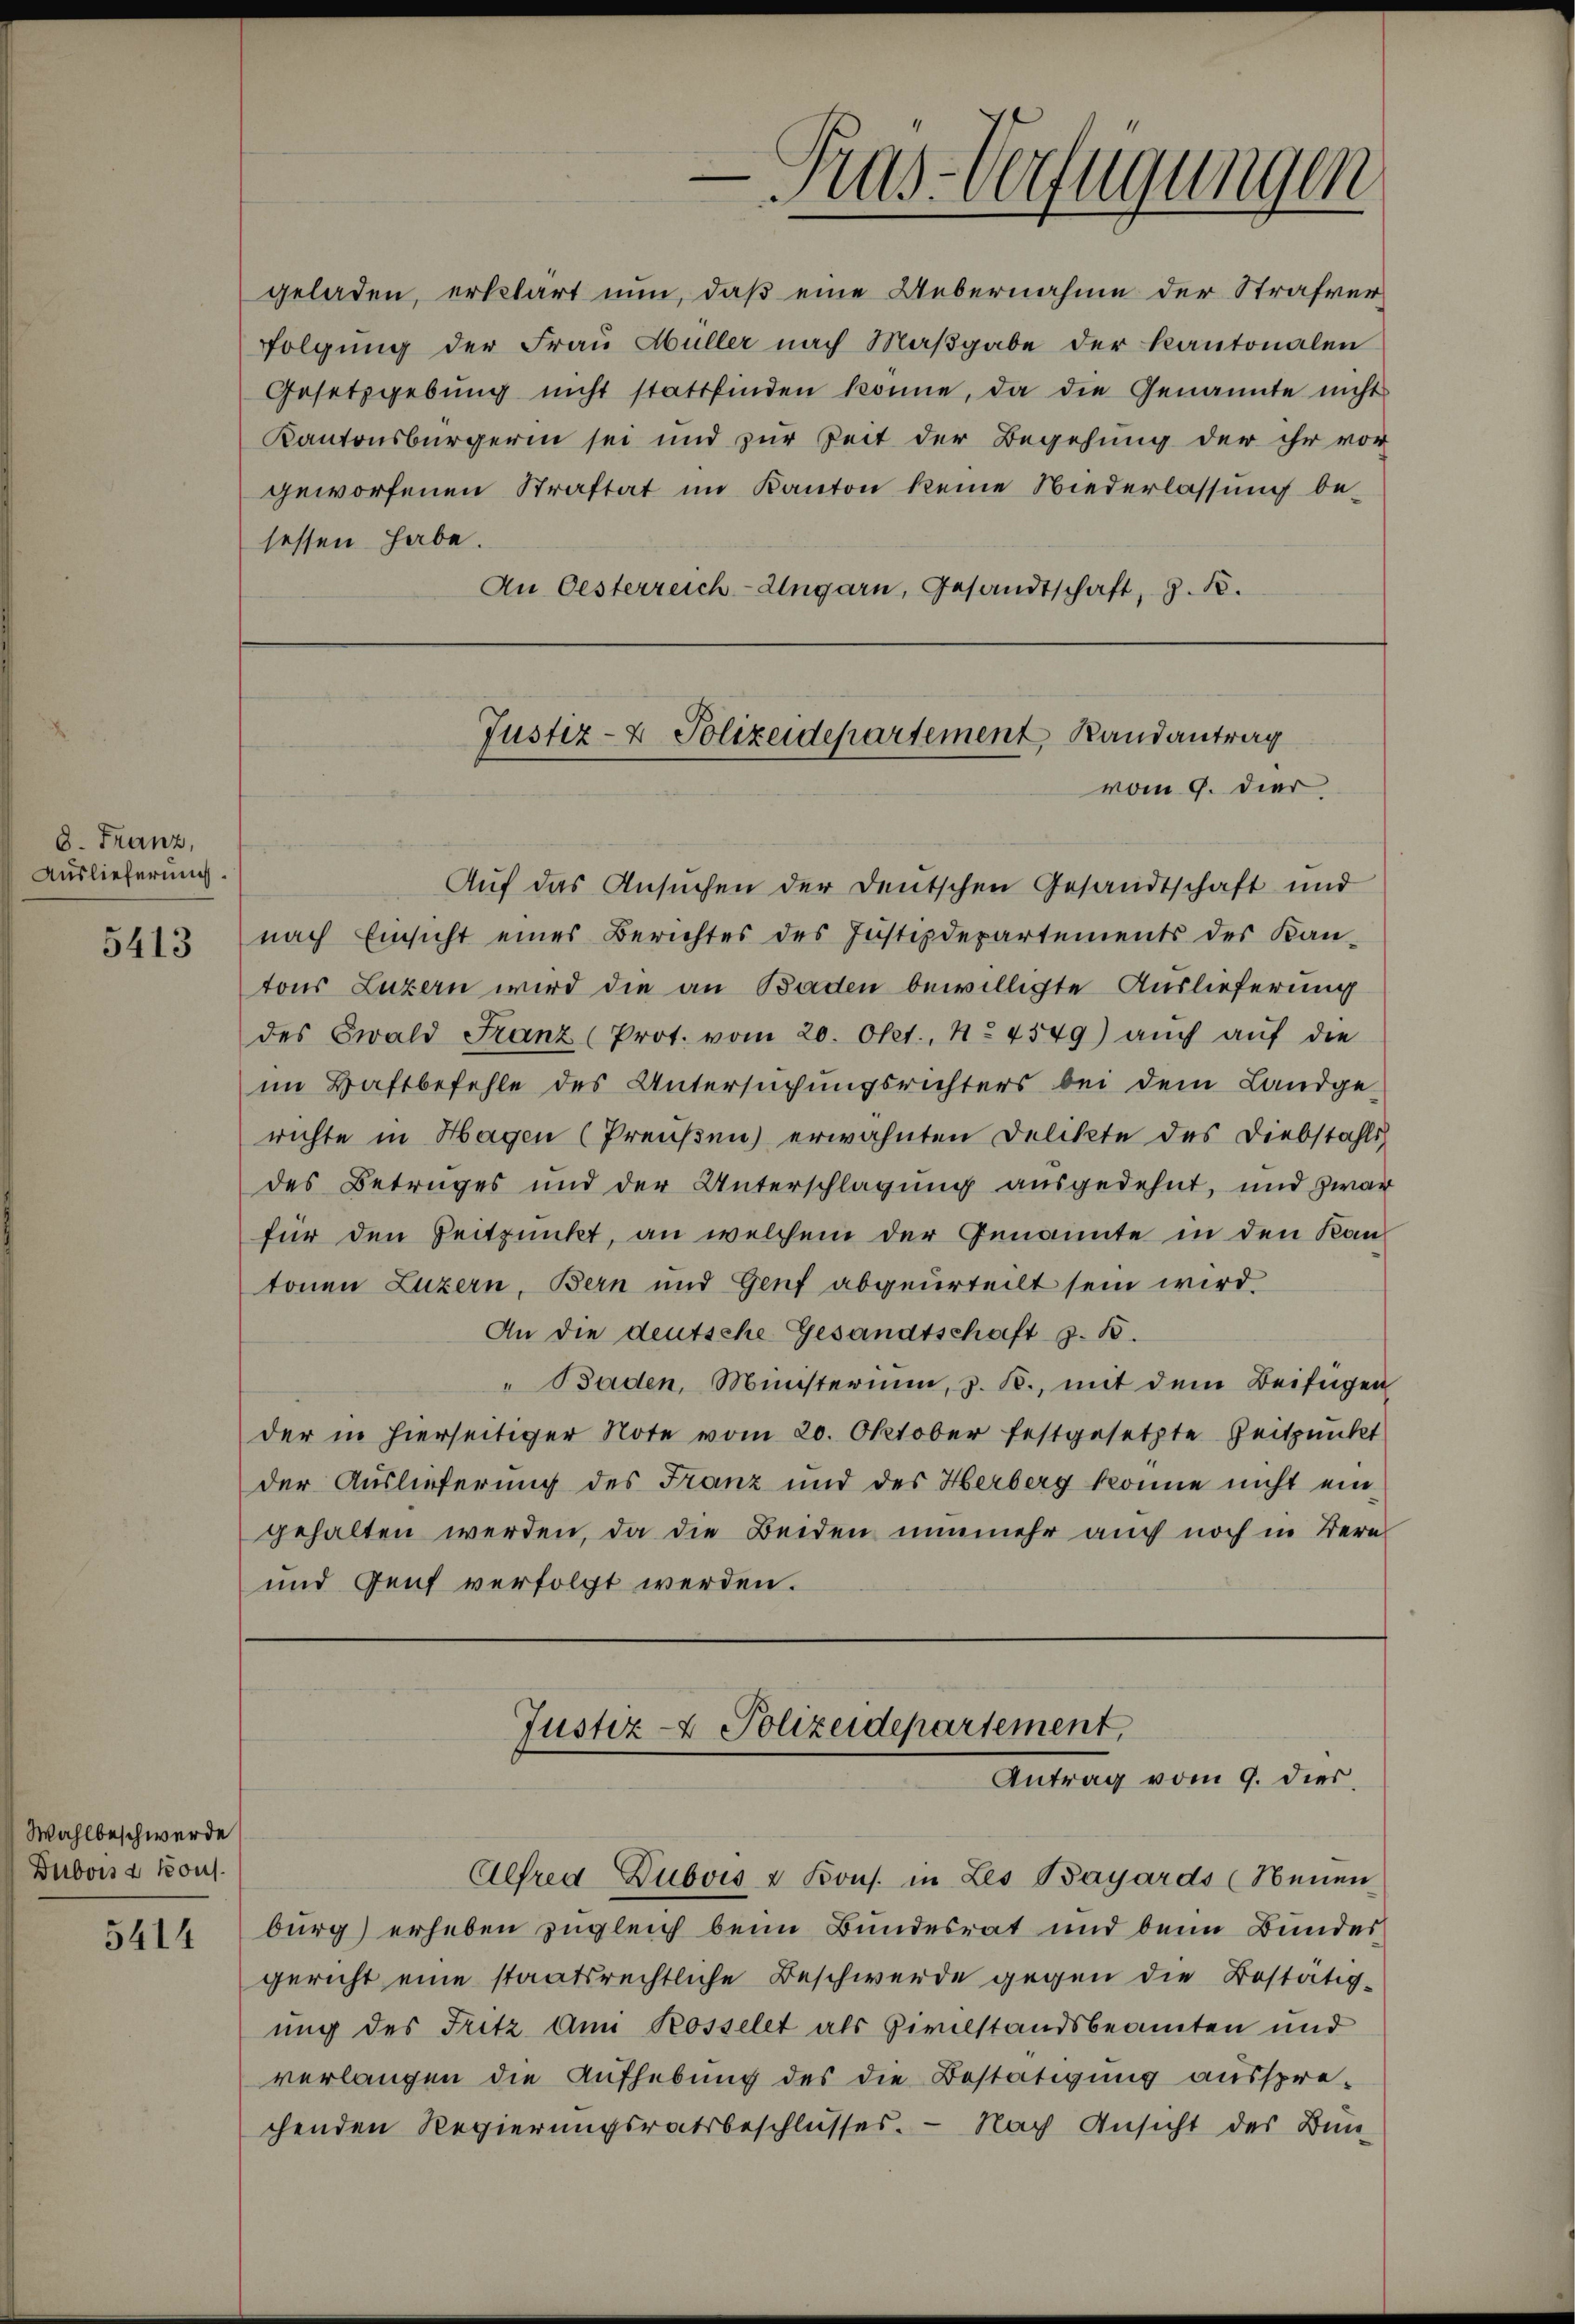
8. Franz,
Auslieferung.

5413

Wahlbeschwerde
Dubois & Kons.

geladen, erklärt nun, daß eine Uebernahme der Strafverfolgŭng der Frau Müller nach Maβgabe der Kantonalen
Gesetzgebung nicht stattfinden könne, da die Genannte nicht
Kantonsbürgerin sei und zur Zeit der Begehung der ihr vor
geworfenen Straftat im Kanton keine Niederlassung be-
sessen habe.
An Oesterreich-Ungarn, Gesandtschaft, z. B.

Aŭf das Ansŭchen der Deutschen Gesandtschaft und
nach Einsicht eines Berichtes des Justizdepartements des Kan-
tons Luzern wird die an Baden bewilligte Auslieferung
des Ewald Franz (Prot. vom 20. Okt., 1. 4549) aŭch aŭf die
im Haftbefehle des Untersuchungsrichters bei dem Landge-
richte in Hagen (Preußen) erwähnten Delikte des Diebstahls
des Betruges und der Unterschlagung ausgedehnt, und zwar
für den Zeitpunkt, an welchem der Genannte in den Kan-
tonen Luzern, Bern und Genf abgeurteilt sein wird
An die deutsche Gesandtschaft z. B.
" Baden, Ministerium, z. B., mit dem Beifügen
der in hierseitiger Note vom 20. Oktober festgesetzte Zeitpunkt
der Auslieferung des Franz und des Herberg könne nicht eingehalten werden, da die Beiden nunmehr auch noch in Tern
und Genf verfolgt werden.

.
Kas-Verfügungen

Justiz- & Polizeidepartement Randantrag
vom 9. dier

Justiz- & Polizeidepartement,
Antrag vom 9. dies

Alfred Dubois u Kons. in Les Bayards (Neuen
5414) burg) erheben zugleich beim Bundesrat und beim Bundes
gericht eine staatsrechtliche Beschwerde gegen die Bestätigung des Fritz Ami Rosselet als Zivilstandsbeamten und
verlangen die Aufhebung des die Bestätigung ausspre-
chenden Regierungsratsbeschlusses. - Nach Ansicht des Bun-